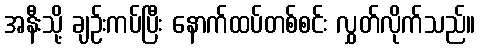
အနီးသို့ ချဉ်းကပ်ပြီး နောက်ထပ်တစ်စင်း လွှတ်လိုက်သည်။